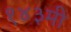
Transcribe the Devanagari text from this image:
१४३मी